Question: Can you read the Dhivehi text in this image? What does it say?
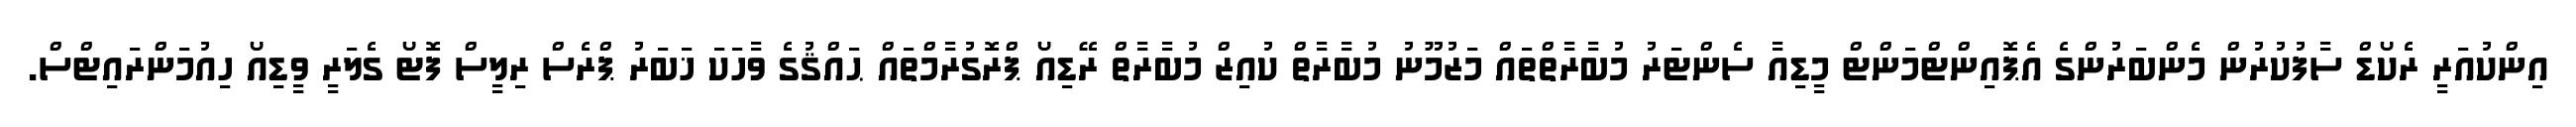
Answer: އިންކުއަރީ ރެކޯޑް ސާފުކުރުން މެންބަރުންގެ އެޕޮއިންޓްމަންޓް މީޑިއާ ސެންޓަރު މުބާރާތްތައް މަޒުމޫނު މުބާރާތް ކުއިޒް މުބާރާތް ރޭޑިއޯ ޕްރޮގުރާމްތައް ޙައްޤުގެ ވާހަކަ ޚަބަރު ޕްރެސް ރިލީސް ފޮޓޯ ގެލަރީ ވީޑިއޯ ހިއުމަންރައިޓްސް.